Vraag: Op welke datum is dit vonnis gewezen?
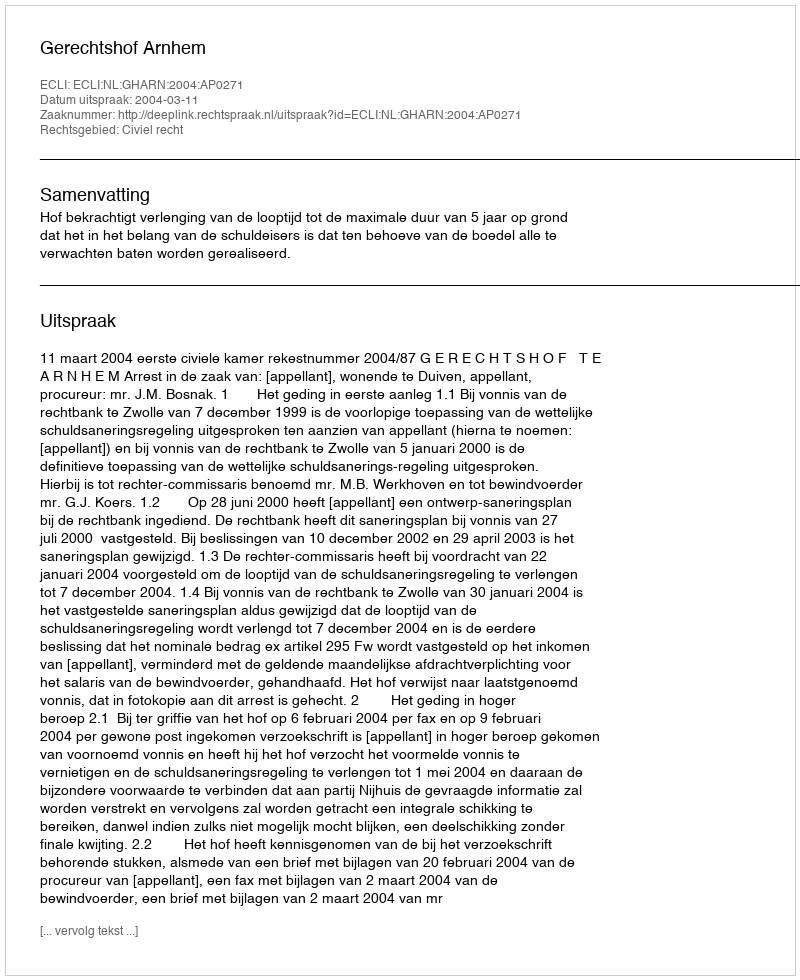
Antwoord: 2004-03-11